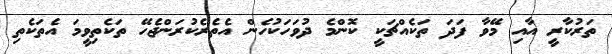
ތަރުކާރީ އާއި މޭވާ ފަދަ ތަކެއްޗަކީ ކޮންމެ ދުވަހަކުހެން އެތެރެކުރަންޖެހޭ ތަކެތިވީމަ އެތަކެތި